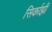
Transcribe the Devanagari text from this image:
सिर्काझी